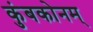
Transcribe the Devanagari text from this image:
कुंबकोनम्